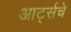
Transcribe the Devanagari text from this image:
आर्ट्सचे